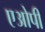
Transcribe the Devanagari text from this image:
एओपी